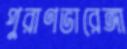
পুরাণভারেঙ্গা